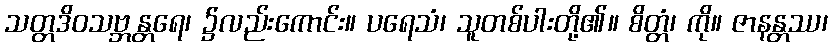
သတ္တဒိဝသဗ္ဘန္တရေ၊ ၌လည်းကောင်း။ ပရေသံ၊ သူတစ်ပါးတို့၏။ စိတ္တံ၊ ကို။ ဇာနန္တဿ၊